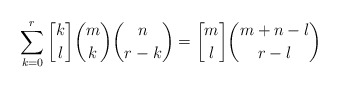
\begin{align*}\sum_{k=0}^{r}{{k \brack l}{m \choose k}{n \choose r-k}} = {m \brack l} {m+n-l \choose r-l}\end{align*}